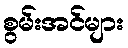
စွမ်းအင်များ